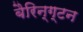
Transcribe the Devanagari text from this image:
बैरिन्ग्टन